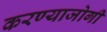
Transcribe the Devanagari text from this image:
करण्‍याजोगी